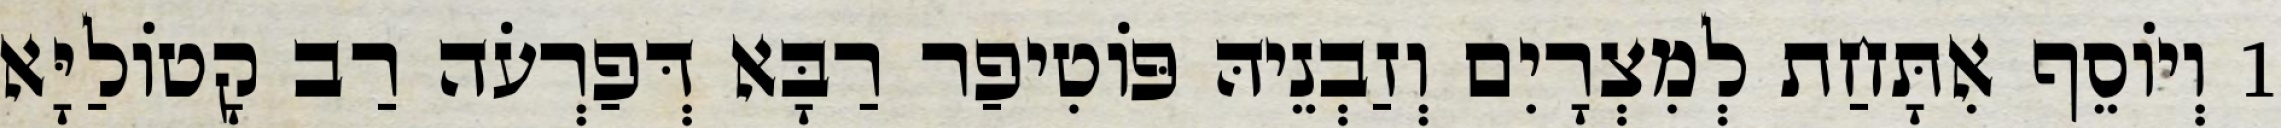
1 וְיוֹסֵף אִתָּחַת לְמִצְרָיִם וְזַבְנֵיהּ פּוֹטִיפַר רַבָּא דְּפַרְעֹה רַב קָטוֹלַיָּא